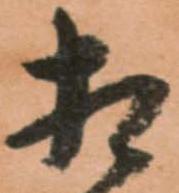
相